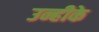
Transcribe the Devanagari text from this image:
उन्हीके